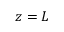
z = L